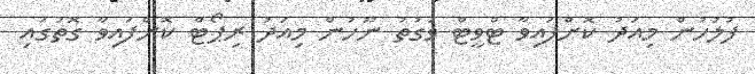
ފުލުހުން މިއަދު ކޮށްފައިވާ ޓްވީޓް ވަގުތު ނޫހުން މިއަދު ރިޕޯޓް ކޮށްފައިވާ ގޮތުގައި